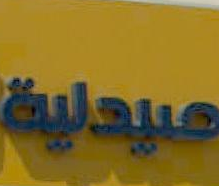
ميدالية